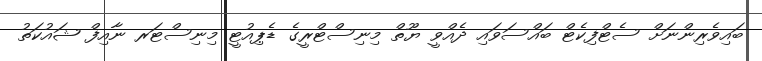
ބައިވެރިންނަށް ސެޓްފިކެޓް ބައްސަވައި ދެއްވީ ޔޫތް މިނިސްޓްރީގެ ޑެޕިއުޓީ މިނިސްޓަރ ނާއިފް ޝައުކަތު